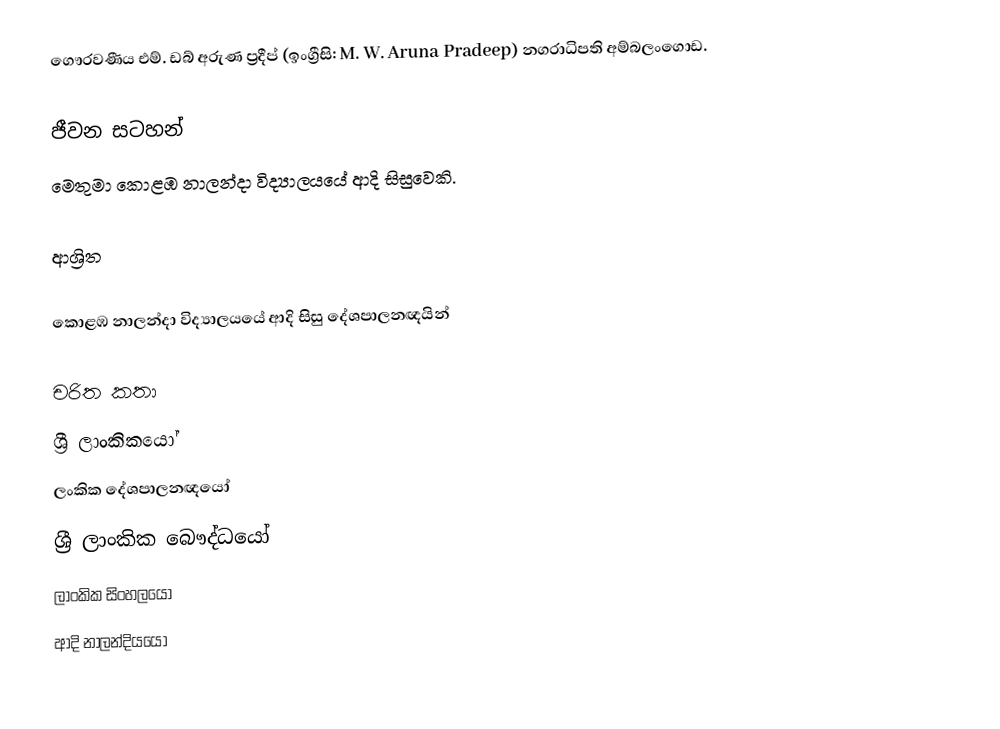
ගෞරවණීය  එම්. ඩබ් අරුණ ප්‍රදීප් (ඉංග්‍රීසි: M. W. Aruna Pradeep) නගරාධිපති අම්බලංගොඩ.

ජීවන සටහන්
මෙතුමා  කොළඹ නාලන්දා විද්‍යාලයයේ ආදි සිසුවෙකි.

ආශ්‍රිත

කොළඹ නාලන්දා විද්‍යාලයයේ ආදි සිසු දේශපාලනඥයින්

චරිත කතා
ශ්‍රී ලාංකිකයෝ
ලංකික දේශපාලනඥයෝ
ශ්‍රී ලාංකික බෞද්ධයෝ
ලාංකික සිංහලයෝ
ආදි නාලන්දියයෝ